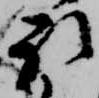
被